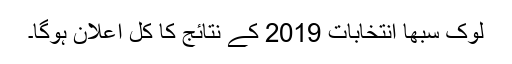
لوک سبھا انتخابات 2019 کے نتائج کا کل اعلان ہوگا۔